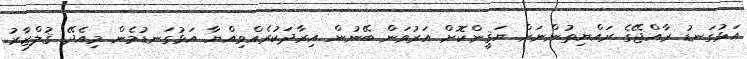
އަޅުގަނޑު ރާއްޖޭގެ ރައްޔިތުންނަށް ޔަޤީންކޮށް އަރުވަން ބޭނުން އިރާދަކުރެއްވިއްޔާ އަޅުގަނޑުމެން މިއެދޭ ޤުލްޒާރު